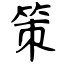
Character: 策